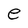
Character: e